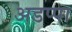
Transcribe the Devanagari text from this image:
अडप्पा